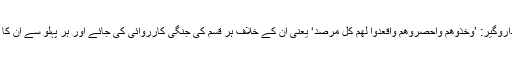
مشرکین عرب کی داروگیر: ’وَخُذُوْھُمْ وَاحْصُرُوْھُمْ وَاقْعُدُوْا لَھُمْ کُلَّ مَرْصَدٍ‘ یعنی ان کے خلاف ہر قسم کی جنگی کارروائی کی جائے اور ہر پہلو سے ان کا ناطقہ بند کیا جائے۔